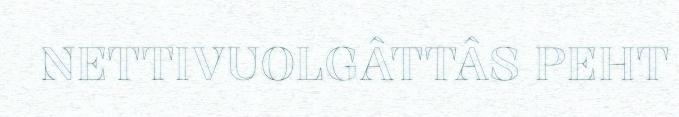
NETTIVUOLGÂTTÂS PEHT